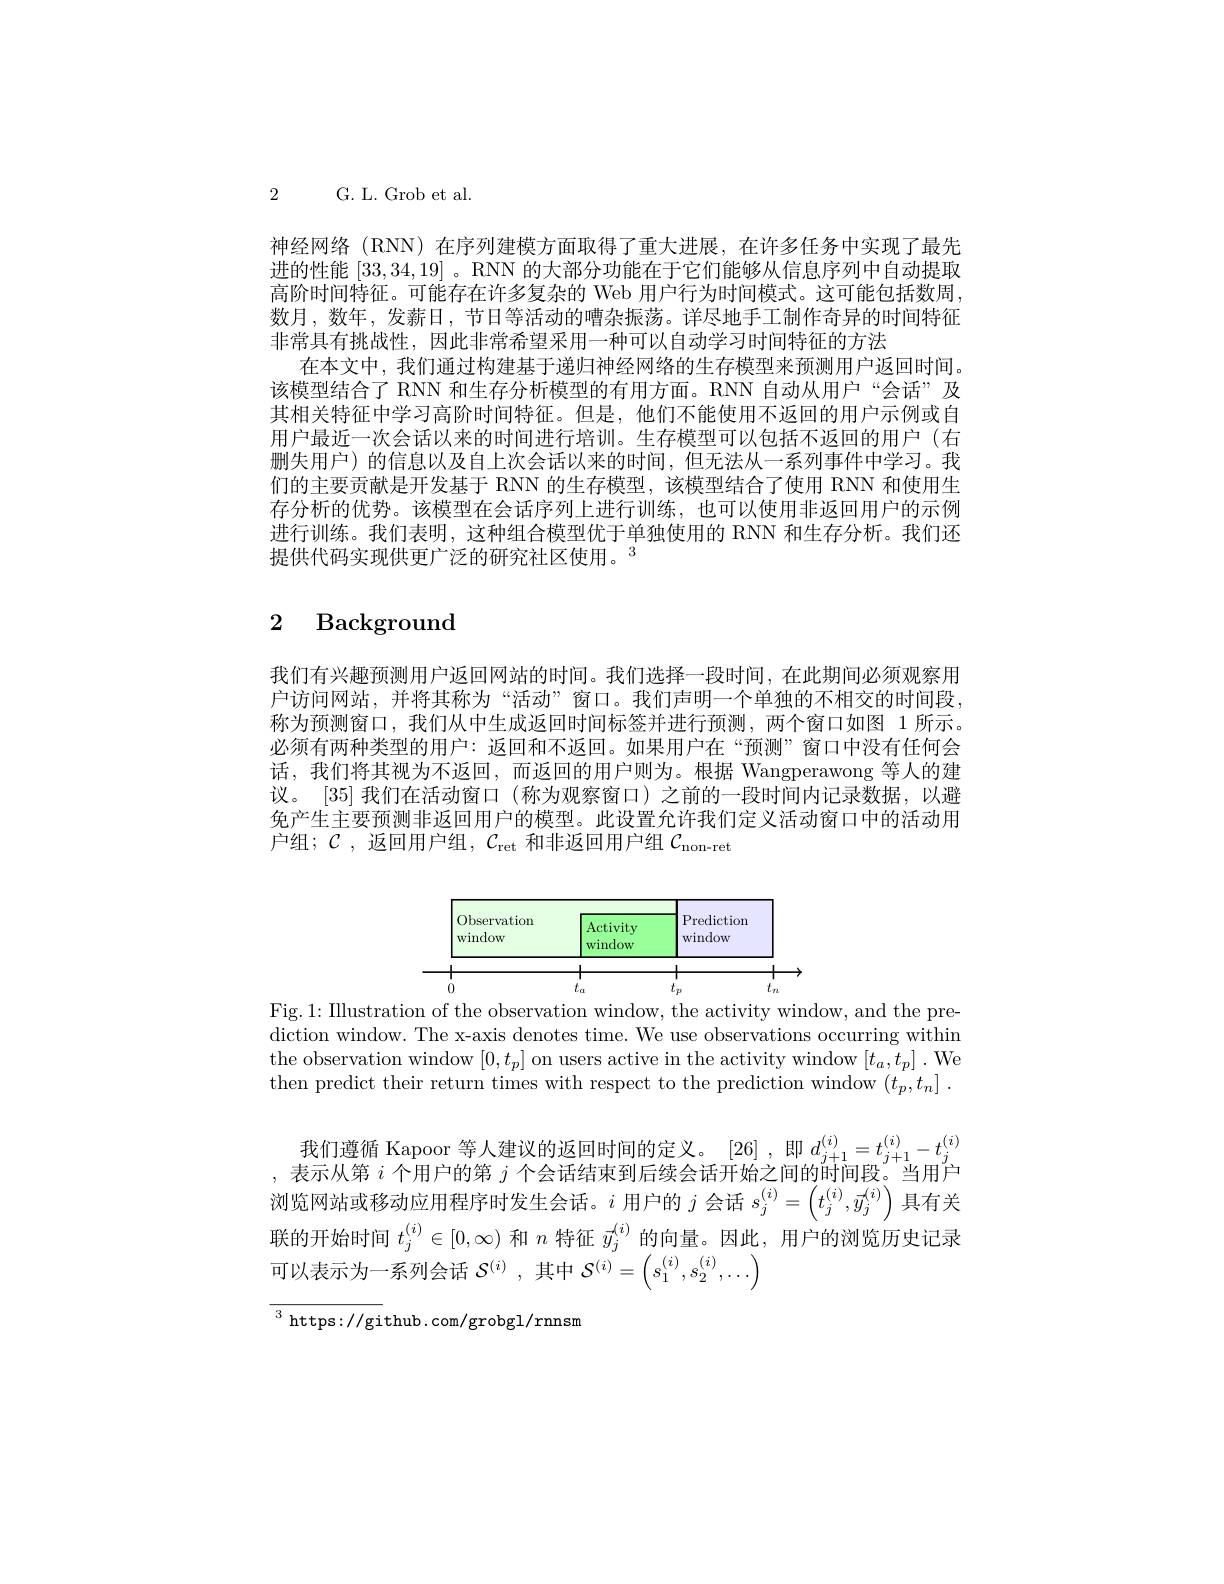
2 G. L. Grob et al.

神经网络(RNN)在序列建模方面取得了重大进展，在许多任务中实现了最先进的性能[33,34,19] 。RNN 的大部分功能在于它们能够从信息序列中自动提取高阶时间特征。可能存在许多复杂的 Web 用户行为时间模式。这可能包括数周. 数月，数年，发薪日，节日等活动的嘈杂振荡。详尽地手工制作奇异的时间特征非常具有挑战性，因此非常希望采用一种可以自动学习时间特征的方法
在本文中，我们通过构建基于递归神经网络的生存模型来预测用户返回时间。该模型结合了 RNN 和生存分析模型的有用方面。RNN 自动从用户“会话”及其相关特征中学习高阶时间特征。但是，他们不能使用不返回的用户示例或自用户最近一次会话以来的时间进行培训。生存模型可以包括不返回的用户(右删失用户)的信息以及自上次会话以来的时间，但无法从一系列事件中学习。我们的主要贡献是开发基于 RNN 的生存模型，该模型结合了使用 RNN 和使用生存分析的优势。该模型在会话序列上进行训练，也可以使用非返回用户的示例进行训练。我们表明，这种组合模型优于单独使用的 RNN 和生存分析。我们还提供代码实现供更广泛的研究社区使用。$^{3}$

# 2 Background

我们有兴趣预测用户返回网站的时间。我们选择一段时间，在此期间必须观察用户访问网站，并将其称为“活动”窗口。我们声明一个单独的不相交的时间段， 称为预测窗口，我们从中生成返回时间标签并进行预测，两个窗口如图 1 所示。必须有两种类型的用户：返回和不返回。如果用户在“预测”窗口中没有任何会话，我们将其视为不返回，而返回的用户则为。根据 Wangperawong 等人的建议。[35] 我们在活动窗口 (称为观察窗口) 之前的一段时间内记录数据，以避免产生主要预测非返回用户的模型。此设置允许我们定义活动窗口中的活动用户组；$\mathcal{C}$,返回用户组，$\mathcal{C}_\mathrm{ret}$和非返回用户组$\mathcal{C}_\mathrm{non-ret}$

<FigureHere>

Fig. 1: Illustration of the observation window, the activity window, and the prediction window. The x-axis denotes time. We use observations occurring within the observation window $[0,t_{p}]$ on users active in the activity window $[t_{a},t_{p}].$ We then predict their return times with respect to the prediction window $( t_p, t_n]$ .

我 们 遵 循 Kapoor 等 人 建 议 的 返 回 时 间 的 定 义 。[26] ,即 $d_{j+ 1}^{( i) }= t_{j+ 1}^{( i) }- t_j^{( i) }$ , 表 示 从 第 $i$ 个 用 户 的 第 $j$ 个 会 话 结 束 到 后 续 会 话 开 始 之 间 的 时 间 段 。当 用 户浏览网站或移动应用程序时发生会话。$i$用户的$j$ 会话 $s_j^(i)=\left(t_j^{(i)},\vec{y}_j^{(i)}\right)$ 具有关联的开始时间$t_j^{(i)}\in[0,\infty)$和$n$特征$\vec{y}_j^{(i)}$的向量。因此，用户的浏览历史记录可以表示为一系列会话$\mathcal{S}^(i)$,其中$\mathcal{S}^(i)=\left(s_1^{(i)},s_2^{(i)},\ldots\right)$

${\overline{^3\mathrm{~https://gi}}}$thub.com/grobgl/rnnsm